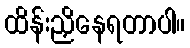
ထိန်းညှိနေရတာပါ။